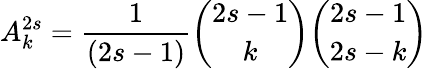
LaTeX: A_{k}^{2s}={\frac{1}{(2s-1)}}{\binom{2s-1}{k}}{\binom{2s-1}{2s-k}}